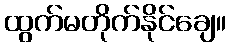
ထွက်မတိုက်နိုင်ချေ။